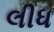
લીધ